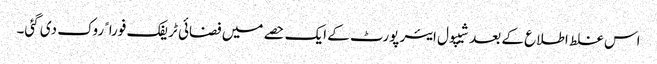
اس غلط اطلاع کے بعد شیپول ایئر پورٹ کے ایک حصے میں فضائی ٹریفک فوراﹰ روک دی گئی۔